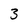
Character: 3